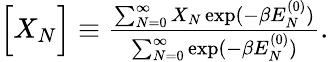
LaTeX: \begin{array}{r}{\Big[X_{N}\Big]\equiv\frac{\sum_{N=0}^{\infty}X_{N}\exp(-\beta E_{N}^{(0)})}{\sum_{N=0}^{\infty}\exp(-\beta E_{N}^{(0)})}.}\end{array}